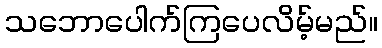
သဘောပေါက်ကြပေလိမ့်မည်။